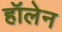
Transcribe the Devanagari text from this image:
हॉलेन